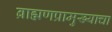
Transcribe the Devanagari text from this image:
ब्राह्मणप्रामुख्याचा